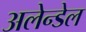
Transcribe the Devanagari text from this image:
अलेन्डेल